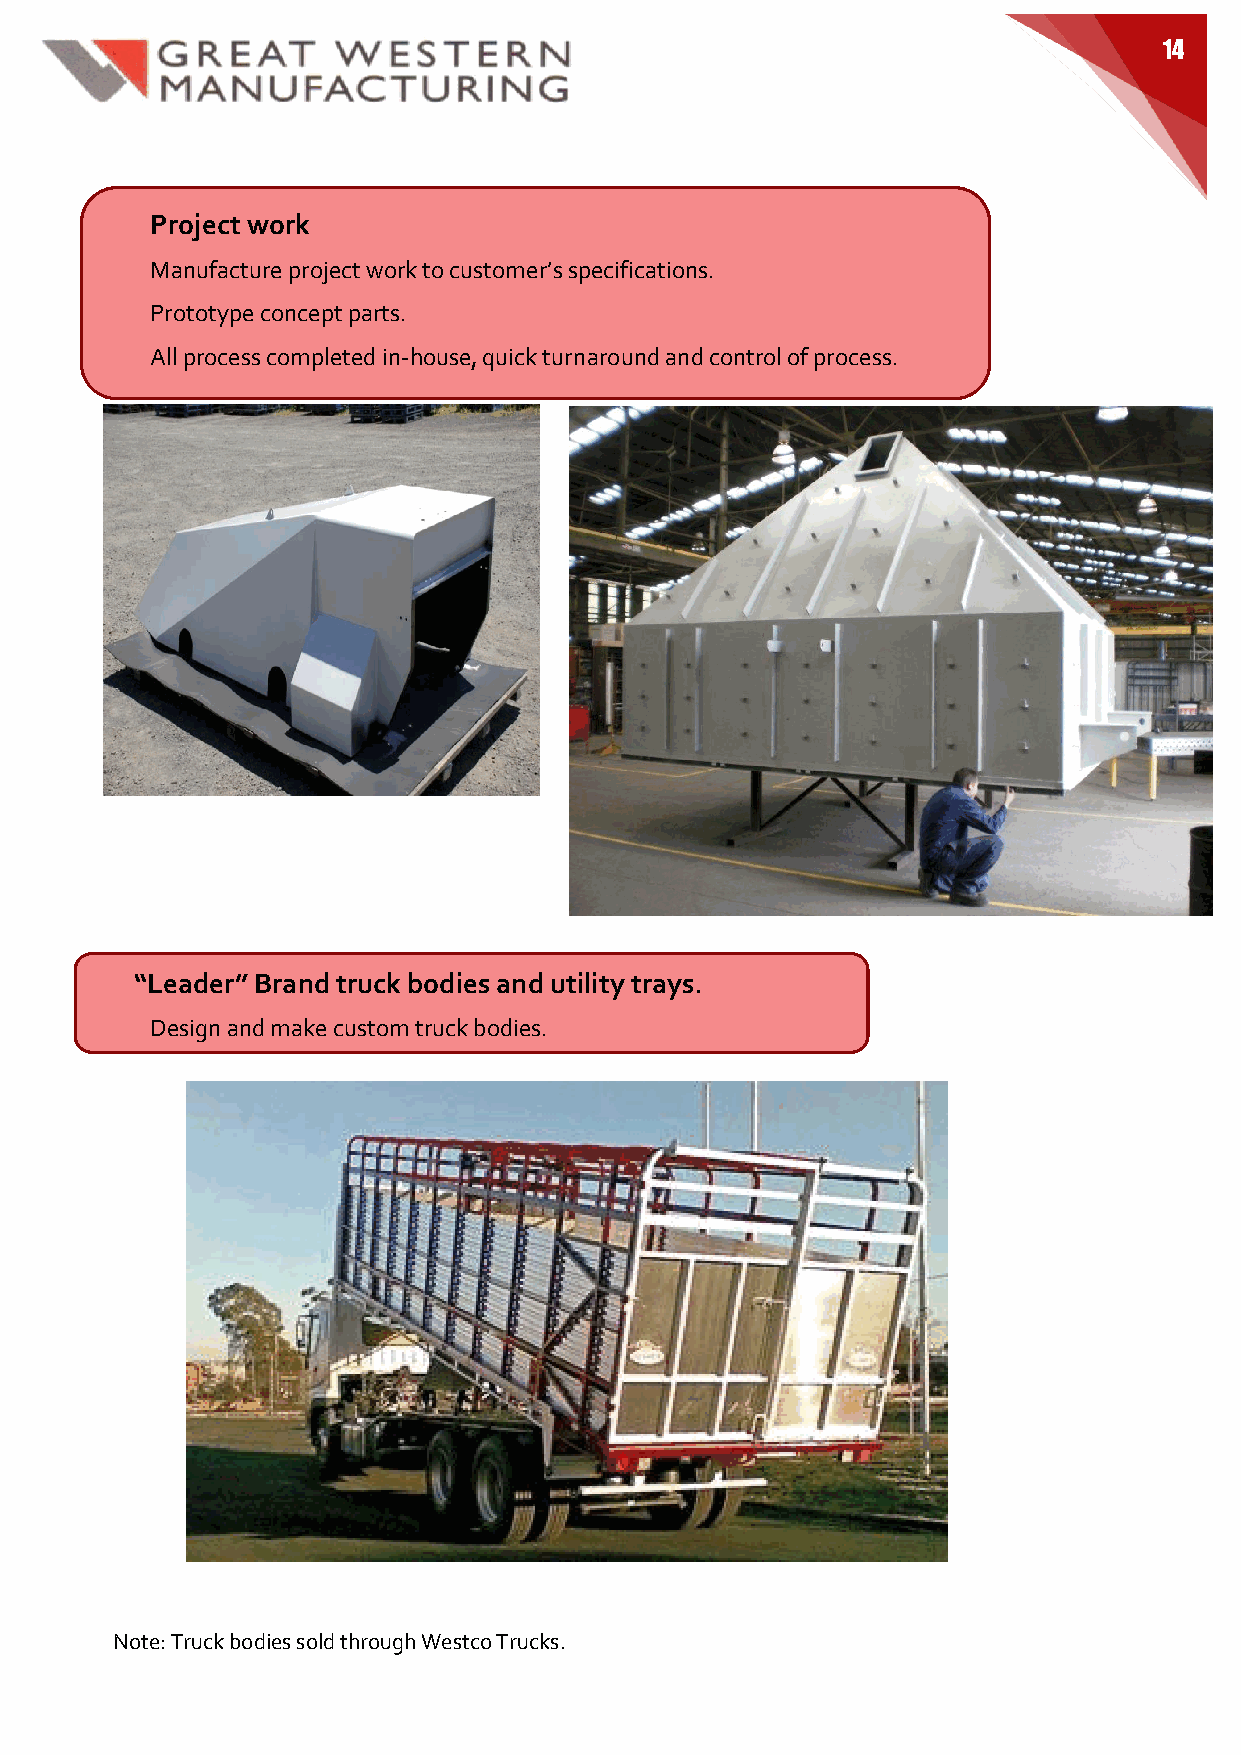
14
 Project work
 Manufacture project work to customer’s specifications.
 Prototype concept parts.
 All process completed in-house, quick turnaround and control of process.
 “Leader” Brand truck bodies and utility trays.
 Design and make custom truck bodies.
 Note: Truck bodies sold through Westco Trucks.